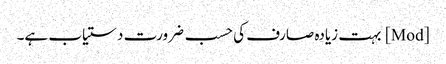
[Mod] بہت زیادہ صارف کی حسب ضرورت دستیاب ہے۔